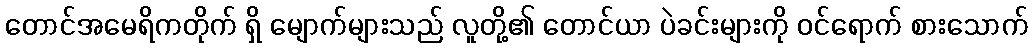
တောင်အမေရိကတိုက် ရှိ မျောက်များသည် လူတို့၏ တောင်ယာ ပဲခင်းများကို ဝင်ရောက် စားသောက်